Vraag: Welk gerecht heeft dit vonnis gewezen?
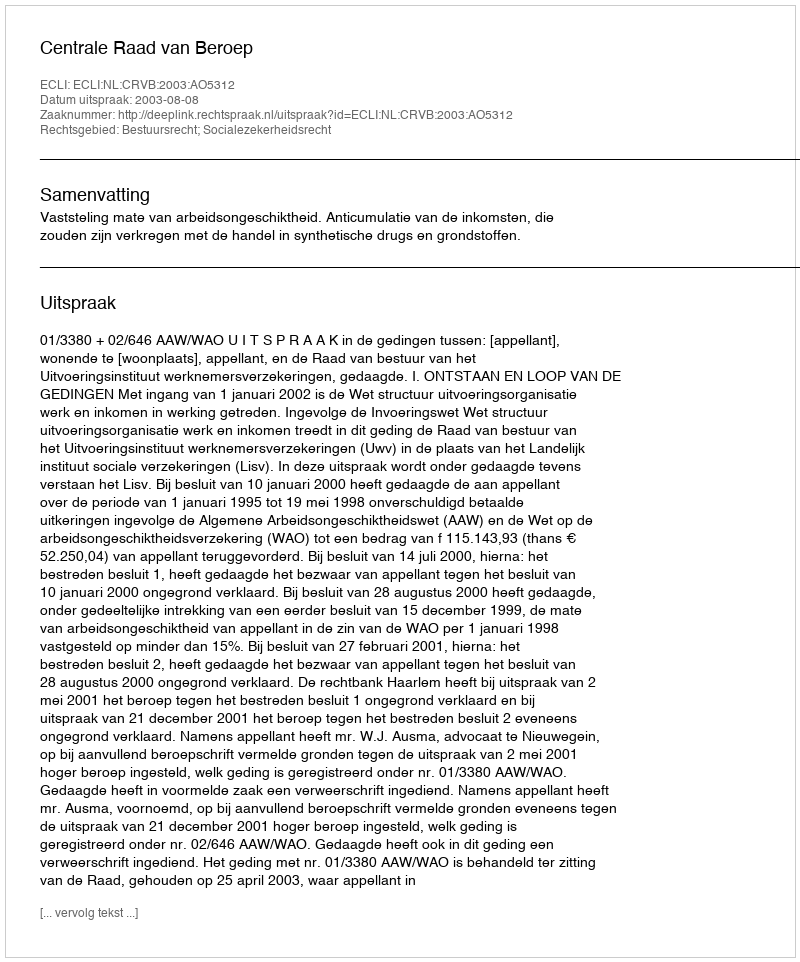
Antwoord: Centrale Raad van Beroep